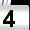
Digit: 4